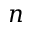
n